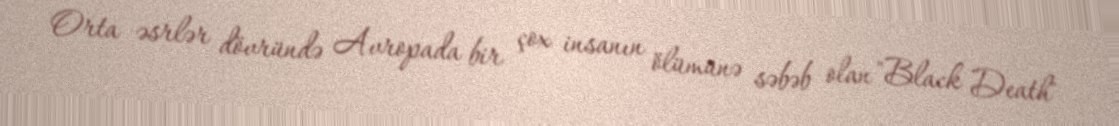
Orta əsrlər dövründə Avropada bir çox insanın ölümünə səbəb olan "Black Death"